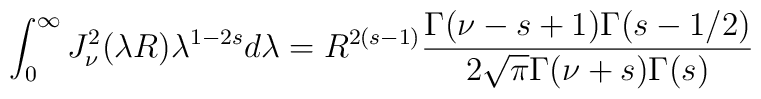
\int_{0}^{\infty} J^2_{\nu}(\lambda R) \lambda^{1-2s} d\lambda =  R^{2(s-1)} \frac{\Gamma(\nu-s+1)\Gamma(s-1/2)}{2 \sqrt{\pi}  \Gamma(\nu+s)\Gamma(s)}